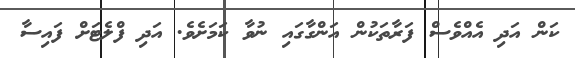
ކަން އަދި އެއްވެސް ފަރާތަކުން އަންގާގައި ނުވާ ކަމަށެވެ. އަދި ފްލެޓަށް ފައިސާ